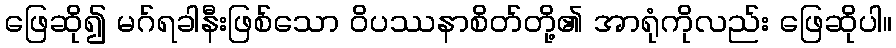
ဖြေဆို၍ မဂ်ရခါနီးဖြစ်သော ဝိပဿနာစိတ်တို့၏ အာရုံကိုလည်း ဖြေဆိုပါ။